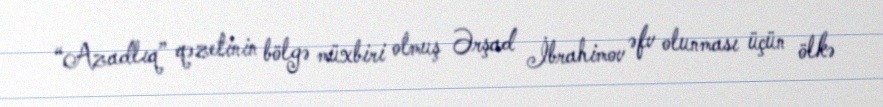
“Azadlıq” qəzetinin bölgə müxbiri olmuş Ərşad İbrahimov əfv olunması üçün ölkə